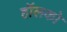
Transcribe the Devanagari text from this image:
हॉलको